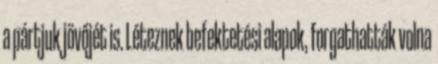
a pártjuk jövőjét is. Léteznek befektetési alapok, forgathatták volna